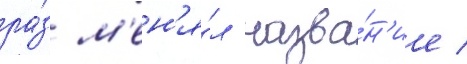
ра́з м'ен'я́л назва́н'ие /